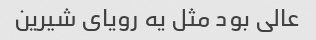
عالی بود مثل یه رویای شیرین